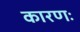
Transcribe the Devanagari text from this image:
कारणः